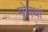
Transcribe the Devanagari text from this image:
मोगथां